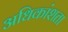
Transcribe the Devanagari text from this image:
अधिकांशता